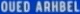
OUED ARHBEL